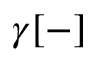
\gamma [ - ]